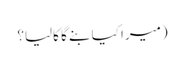
(میرا کیا بنے گا کالیا؟